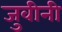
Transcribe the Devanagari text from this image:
जुवीनी